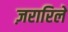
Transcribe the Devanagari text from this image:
ज़रारिले